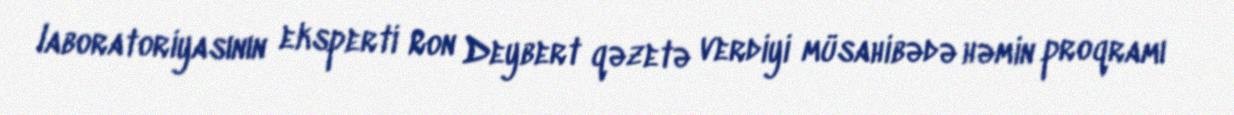
laboratoriyasının eksperti Ron Deybert qəzetə verdiyi müsahibədə həmin proqramı